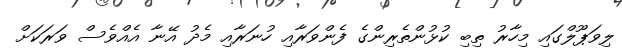
ލިވަޕޫލްގައި މިހާރު ތިބި ކުޅުންތެރިންގެ ފެންވަރާއި ހުނަރާއި މެދު އޭނާ އެއްވެސް ވަރަކަށް